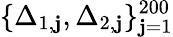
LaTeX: \{ \Delta_{1,\mathbf{j}},\Delta_{2,\mathbf{j}}\} _{\mathbf{j}=1}^{200}